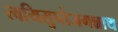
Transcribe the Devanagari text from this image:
त्वयिसुप्तेजगन्नाथ